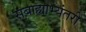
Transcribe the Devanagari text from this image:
सबाह्याभ्यंतरीं